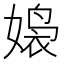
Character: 𮱒